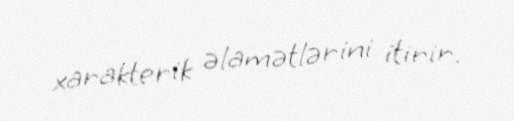
xarakterik əlamətlərini itirir.